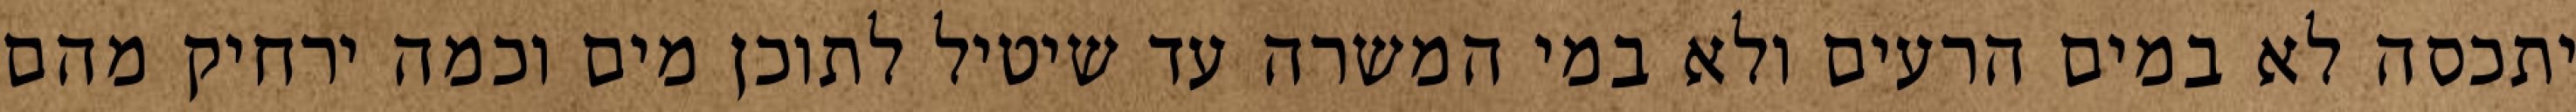
יתכסה לא במים הרעים ולא במי המשרה עד שיטיל לתוכן מים וכמה ירחיק מהם